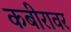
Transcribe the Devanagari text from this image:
कबीरावर